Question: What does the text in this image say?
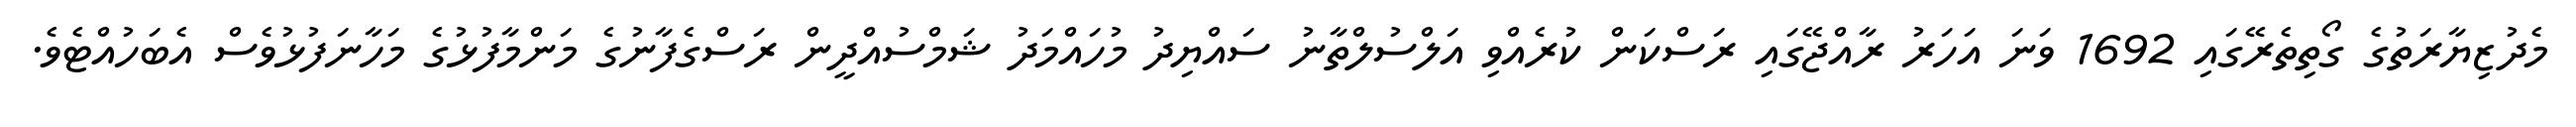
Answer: މެދުޒިޔާރަތުގެ ގޯތިތެރޭގައި 1692 ވަނަ އަހަރު ރާއްޖޭގައި ރަސްކަން ކުރެއްވި އަލްސުލްތާނު ސައްޔިދު މުހައްމަދު ޝަމްސުއްދީން ރަސްގެފާނުގެ މަންމާފުޅުގެ މަހާނަފުޅުވެސް އެބަހުއްޓެވެ.